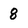
Character: 8